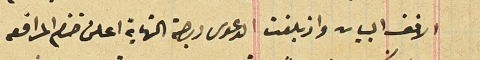
الانف البيان واذ بلغت الدعوى درجة النهاية اعلن ختم المرافعة